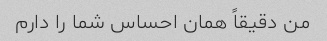
من دقیقاً همان احساس شما را دارم